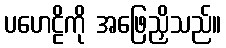
ပဟေဠိကို အဖြေညှိသည်။